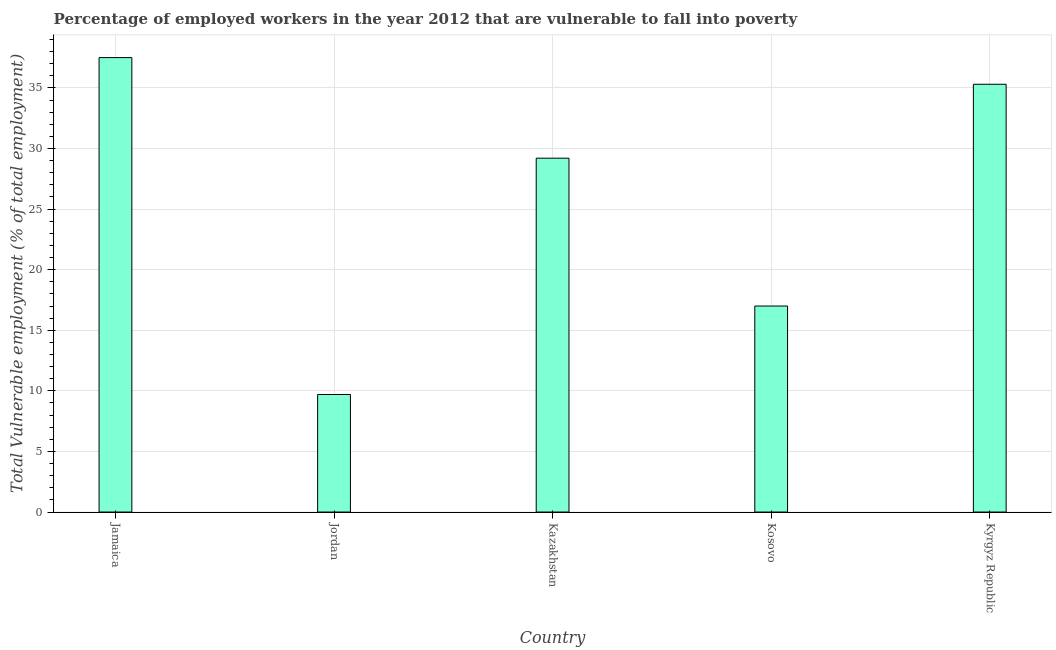
| Country | Vulnerable employment |
 | --- | --- |
 | Jamaica | 37.5 |
 | Jordan | 9.7 |
 | Kazakhstan | 29.2 |
 | Kosovo | 17 |
 | Kyrgyz Republic | 35.3 |